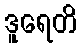
ဒူရေတိ